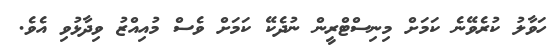
ހަވާލު ކުރެވޭނެ ކަމަށް މިނިސްޓްރީން ނުދެކޭ ކަމަށް ވެސް މުއިއްޒު ވިދާޅުވި އެވެ.